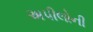
અપીલોની